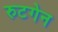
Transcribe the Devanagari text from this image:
रुटगेन